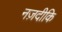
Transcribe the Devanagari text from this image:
नज़दीकि